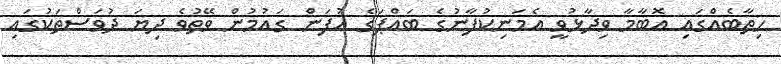
ހިތާބެއްގައި އޮބާމާ ވިދާޅުވީ އެމަނިކުފާނުގެ ބައްޕަގެ އުފަން ގައުމުން ވޭތުވެ ދިޔަ ދުވަސްތަކުގައި